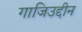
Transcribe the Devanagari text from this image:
गाजिउद्दीन